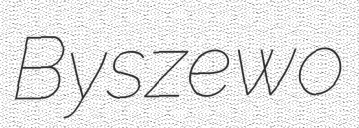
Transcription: Byszewo